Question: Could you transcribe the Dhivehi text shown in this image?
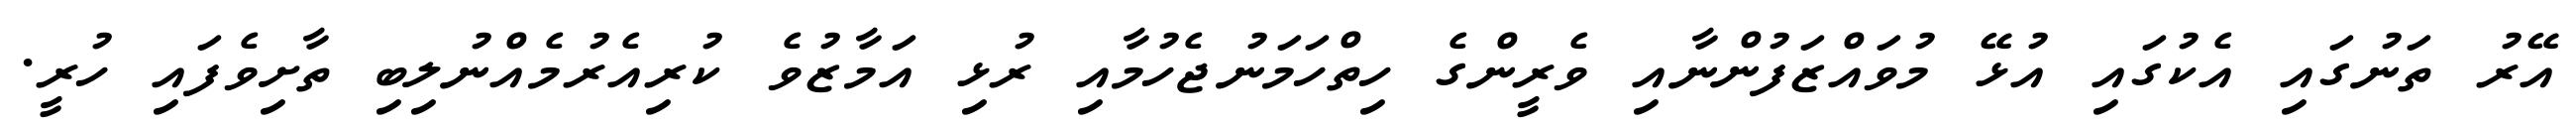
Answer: އޭރު ތަނުގައި އެކުގައި އުޅޭ މުވައްޒަފުންނާއި ވެރީންގެ ހިތްހަމަނުޖެހުމާއި ރުޅި އަމާޒުވެ ކުރިއެރުމެއްނުލިބި ތާށިވެފައި ހުރީ.